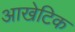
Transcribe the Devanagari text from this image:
आखेटिक